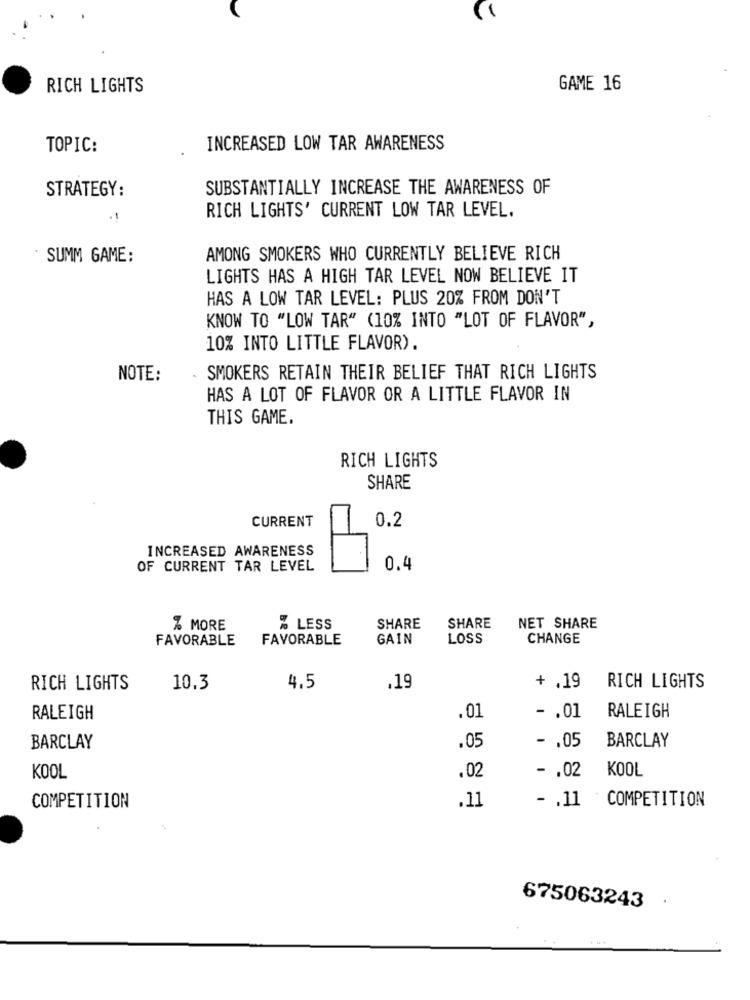
RICH LIGHTS
GAME 16
TOPIC:
INCREASED LOW TAR AWARENESS
STRATEGY:
SUBSTANTIALLY INCREASE THE AWARENESS OF
RICH LIGHTS' CURRENT LOW TAR LEVEL.
SUMM GAME:
AMONG SMOKERS WHO CURRENTLY BELIEVE RICH
LIGHTS HAS A HIGH TAR LEVEL NOW BELIEVE IT
HAS A LOW TAR LEVEL: PLUS 20% FROM DON'T
KNOW TO "LOW TAR" (10% INTO "LOT OF FLAVOR",
10% INTO LITTLE FLAVOR).
NOTE:
SMOKERS RETAIN THEIR BELIEF THAT RICH LIGHTS
HAS A LOT OF FLAVOR OR A LITTLE FLAVOR IN
THIS GAME.
RICH LIGHTS
SHARE
CURRENT
0.2
INCREASED AWARENESS
OF CURRENT TAR LEVEL
0.4
% MORE
%LESS
SHARE
SHARE
NET SHARE
FAVORABLE
FAVORABLE
GAIN
LOSS
CHANGE
RICH LIGHTS
10.3
4.5
.19
+ .19
RICH LIGHTS
RALEIGH
.01
- . 01
RALEIGH
BARCLAY
BARCLAY
.05
- . 05
KOOL
KOOL
.02
- . 02
- . 11 COMPETITION
COMPETITION
.11
.
675063243